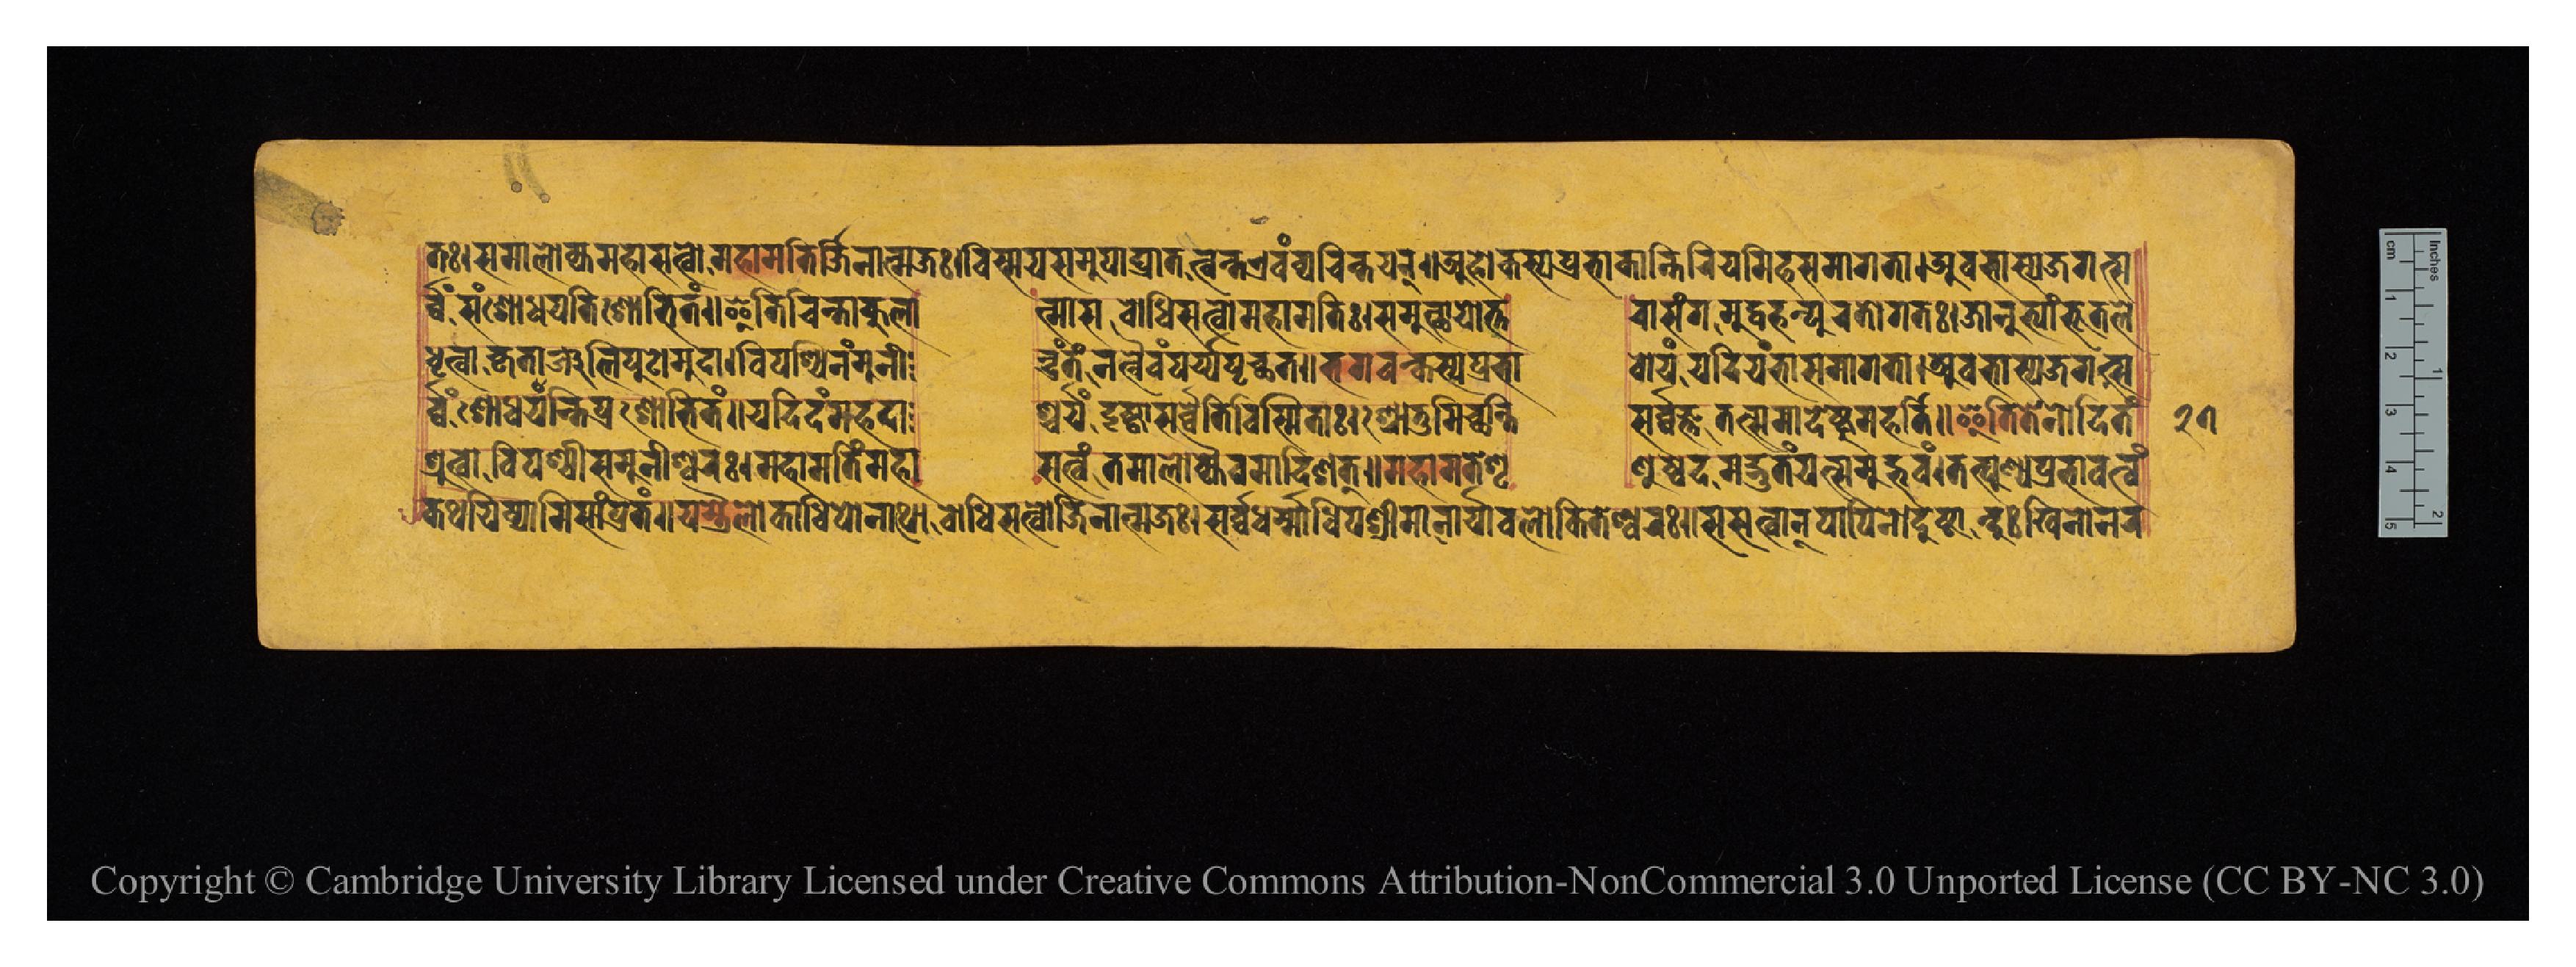
𑐟𑑅𑑋𑐳𑐩𑐵𑐮𑑀𑐎𑑂𑐫𑐩𑐴𑐵𑐳𑐟𑑂𑐰𑑀𑐩𑐴𑐵𑐩𑐟𑐶𑐬𑑂𑐖𑐶𑐣𑐵𑐟𑑂𑐩𑐖𑑅𑑋𑐰𑐶𑐳𑑂𑐩𑐫𑐳𑐩𑐸𑐥𑐵𑐑𑑂𑐬𑐵𑐟𑐟𑑂𑐰𑐣𑑂𑐟𑐊𑐰𑑄𑐰𑑂𑐫𑐔𑐶𑐣𑑂𑐟𑐫𑐣𑑂𑑌𑐀𑐴𑑀𑐎𑐳𑑂𑐫𑐥𑑂𑐬𑐨𑐵𑐎𑐵𑐣𑑂𑐟𑐶𑐬𑐶𑐫𑐩𑐶𑐴𑐳𑐩𑐵𑐐𑐟𑐵𑑋𑐀𑐰𑐨𑐵𑐳𑑂𑐫𑐖𑐐𑐟𑑂𑐳 𑐬𑑂𑐰𑑂𑐰𑑄𑐳𑑄𑐱𑑀𑐢𑐫𑐟𑐶𑐱𑑀𑐨𑐶𑐟𑑄𑑌𑐂𑐟𑐶𑐔𑐶𑐣𑑂𑐟𑐵𑐎𑐸𑐮𑐵   𑐟𑑂𑐩𑐵𑐳𑐧𑑀𑐢𑐶𑐳𑐟𑑂𑐰𑑀𑐩𑐴𑐵𑐩𑐟𑐶𑑅𑑋𑐳𑐩𑐸𑐟𑑂𑐠𑐵𑐫𑑀𑐟𑑂𑐟  𑐬𑐵𑐳𑑄𑐐𑐩𑐸𑐡𑑂𑐰𑐴𑐣𑑂𑐥𑐸𑐬𑐟𑑀𑐐𑐟𑑅𑑋𑐖𑐵𑐣𑐸𑐨𑑂𑐫𑐵𑑄𑐨𑐹𑐟𑐮𑐾 𑐢𑐺𑐟𑑂𑐰𑐵𑐎𑐺𑐟𑐵𑐘𑑂𑐖𑐮𑐶𑐥𑐸𑐟𑑀𑐩𑐸𑐡𑐵𑑋𑐰𑐶𑐥𑐱𑑂𑐫𑐶𑐣𑑄𑐩𑐸𑐣𑐷  𑐣𑑂𑐡𑑂𑐬𑑄𑐟𑑄𑐣𑐟𑑂𑐰𑐿𑐰𑑄𑐥𑐬𑑂𑐫𑐥𑐺𑐔𑑂𑐕𑐟𑑌𑐨𑐐𑐰𑐣𑑂𑐎𑐳𑑂𑐫𑐥𑑂𑐬𑐨𑐵  𑐰𑑀𑐫𑑄𑐫𑐡𑐶𑐫𑑄𑐨𑐵𑐳𑐩𑐵𑐐𑐟𑐵𑑋𑐀𑐰𑐨𑐵𑐳𑑂𑐫𑐖𑐐𑐟𑑂𑐳 𑐬𑑂𑐰𑑂𑐰𑑄𑐱𑑀𑐢𑐫𑐣𑑂𑐟𑐶𑐥𑑂𑐬𑐱𑑀𑐨𑐶𑐟𑑄𑑌𑐫𑐡𑐶𑐡𑑄𑐩𑐴𑐡𑐵  𑐱𑑂𑐔𑐬𑑂𑐫𑑄𑐡𑐺𑐲𑑂𑐚𑑂𑐰𑐵𑐳𑐬𑑂𑐰𑑂𑐰𑐾𑐟𑐶𑐰𑐶𑐳𑑂𑐩𑐶𑐟𑐵𑑅𑑋𑐱𑑂𑐬𑑀𑐟𑐸𑐩𑐶𑐔𑑂𑐕𑐣𑑂𑐟𑐶  𑐳𑐬𑑂𑐰𑑂𑐰𑐖𑑂𑐘𑐟𑐟𑑂𑐳𑐩𑐵𑐡𑐾𑐲𑑂𑐚𑐸𑐩𑐬𑑂𑐴𑐟𑐶𑑌𑐂𑐟𑐶𑐟𑐾𑐣𑑀𑐡𑐶𑐟𑑄 𑐱𑑂𑐬𑐸𑐟𑑂𑐰𑐵𑐰𑐶𑐥𑐱𑑂𑐫𑐷𑐳𑐩𑐸𑐣𑐷𑐱𑑂𑐰𑐬𑑅𑑋𑐩𑐴𑐵𑐩𑐟𑐶𑑄𑐩𑐴𑐵  𑐳𑐟𑑂𑐰𑑄𑐟𑐩𑐵𑐮𑑀𑐎𑑂𑐫𑐿𑐰𑐩𑐵𑐡𑐶𑐱𑐟𑑂𑑌𑐩𑐴𑐵𑐩𑐟𑐾𑐱𑐺  𑐞𑐸𑐲𑑂𑐰𑐾𑐡𑐩𑐡𑑂𑐨𑐸𑐟𑑄𑐫𑐟𑑂𑐳𑐩𑐸𑐡𑑂𑐨𑐰𑑄𑑋𑐟𑐟𑑂𑐥𑐸𑐞𑑂𑐫𑐥𑑂𑐬𑐨𑐵𑐰𑐟𑑂𑐰𑑄 𑐎𑐠𑐫𑐶𑐲𑑂𑐫𑐵𑐩𑐶𑐳𑐵𑑄𑐥𑑂𑐬𑐟𑑄𑑌𑐫𑐫𑐿𑐮𑑀𑐎𑐵𑐢𑐶𑐥𑑀𑐣𑐵𑐠𑑀𑐧𑑀𑐢𑐶𑐳𑐟𑑂𑐰𑑀𑐖𑐶𑐣𑐵𑐟𑑂𑐩𑐖𑑅𑑋𑐳𑐬𑑂𑐰𑑂𑐰𑐢𑐬𑑂𑐩𑐵𑐢𑐶𑐥𑑅𑐱𑑂𑐬𑐷𑐩𑐵𑐣𑐵𑐬𑑂𑐫𑐵𑐰𑐮𑑀𑐎𑐶𑐟𑐾𑐱𑑂𑐰𑐬𑑅𑑌𑐳𑐳𑐟𑑂𑐰𑐵𑐣𑑂𑐥𑐵𑐥𑐶𑐣𑑀𑐡𑐸𑐲𑑂𑐚𑐵𑐣𑑂𑐡𑐸𑑅𑐏𑐶𑐣𑑀𑐣𑐬 𑑒𑑗